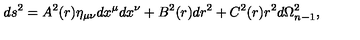
d s ^ { 2 } = A ^ { 2 } ( r ) \eta _ { \mu \nu } d x ^ { \mu } d x ^ { \nu } + B ^ { 2 } ( r ) d r ^ { 2 } + C ^ { 2 } ( r ) r ^ { 2 } d \Omega _ { n - 1 } ^ { 2 } ,